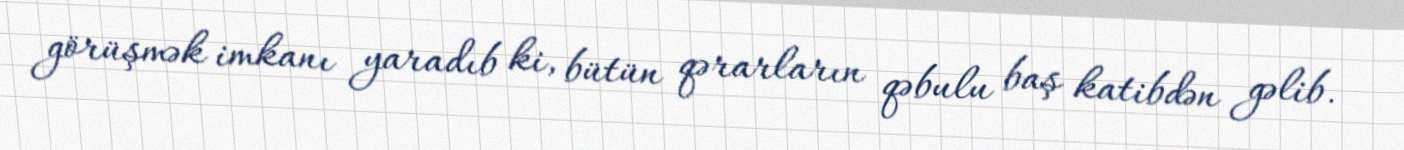
görüşmək imkanı yaradıb ki, bütün qərarların qəbulu baş katibdən gəlib.